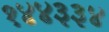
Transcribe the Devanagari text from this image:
१४४३३४